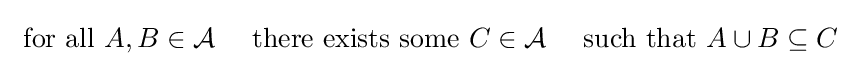
{\text{ for all }}A,B\in {\mathcal {A}}\quad {\text{ there exists some }}C\in {\mathcal {A}}\quad {\text{ such that }}A\cup B\subseteq C